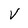
Character: V